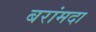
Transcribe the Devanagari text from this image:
बरांमदा